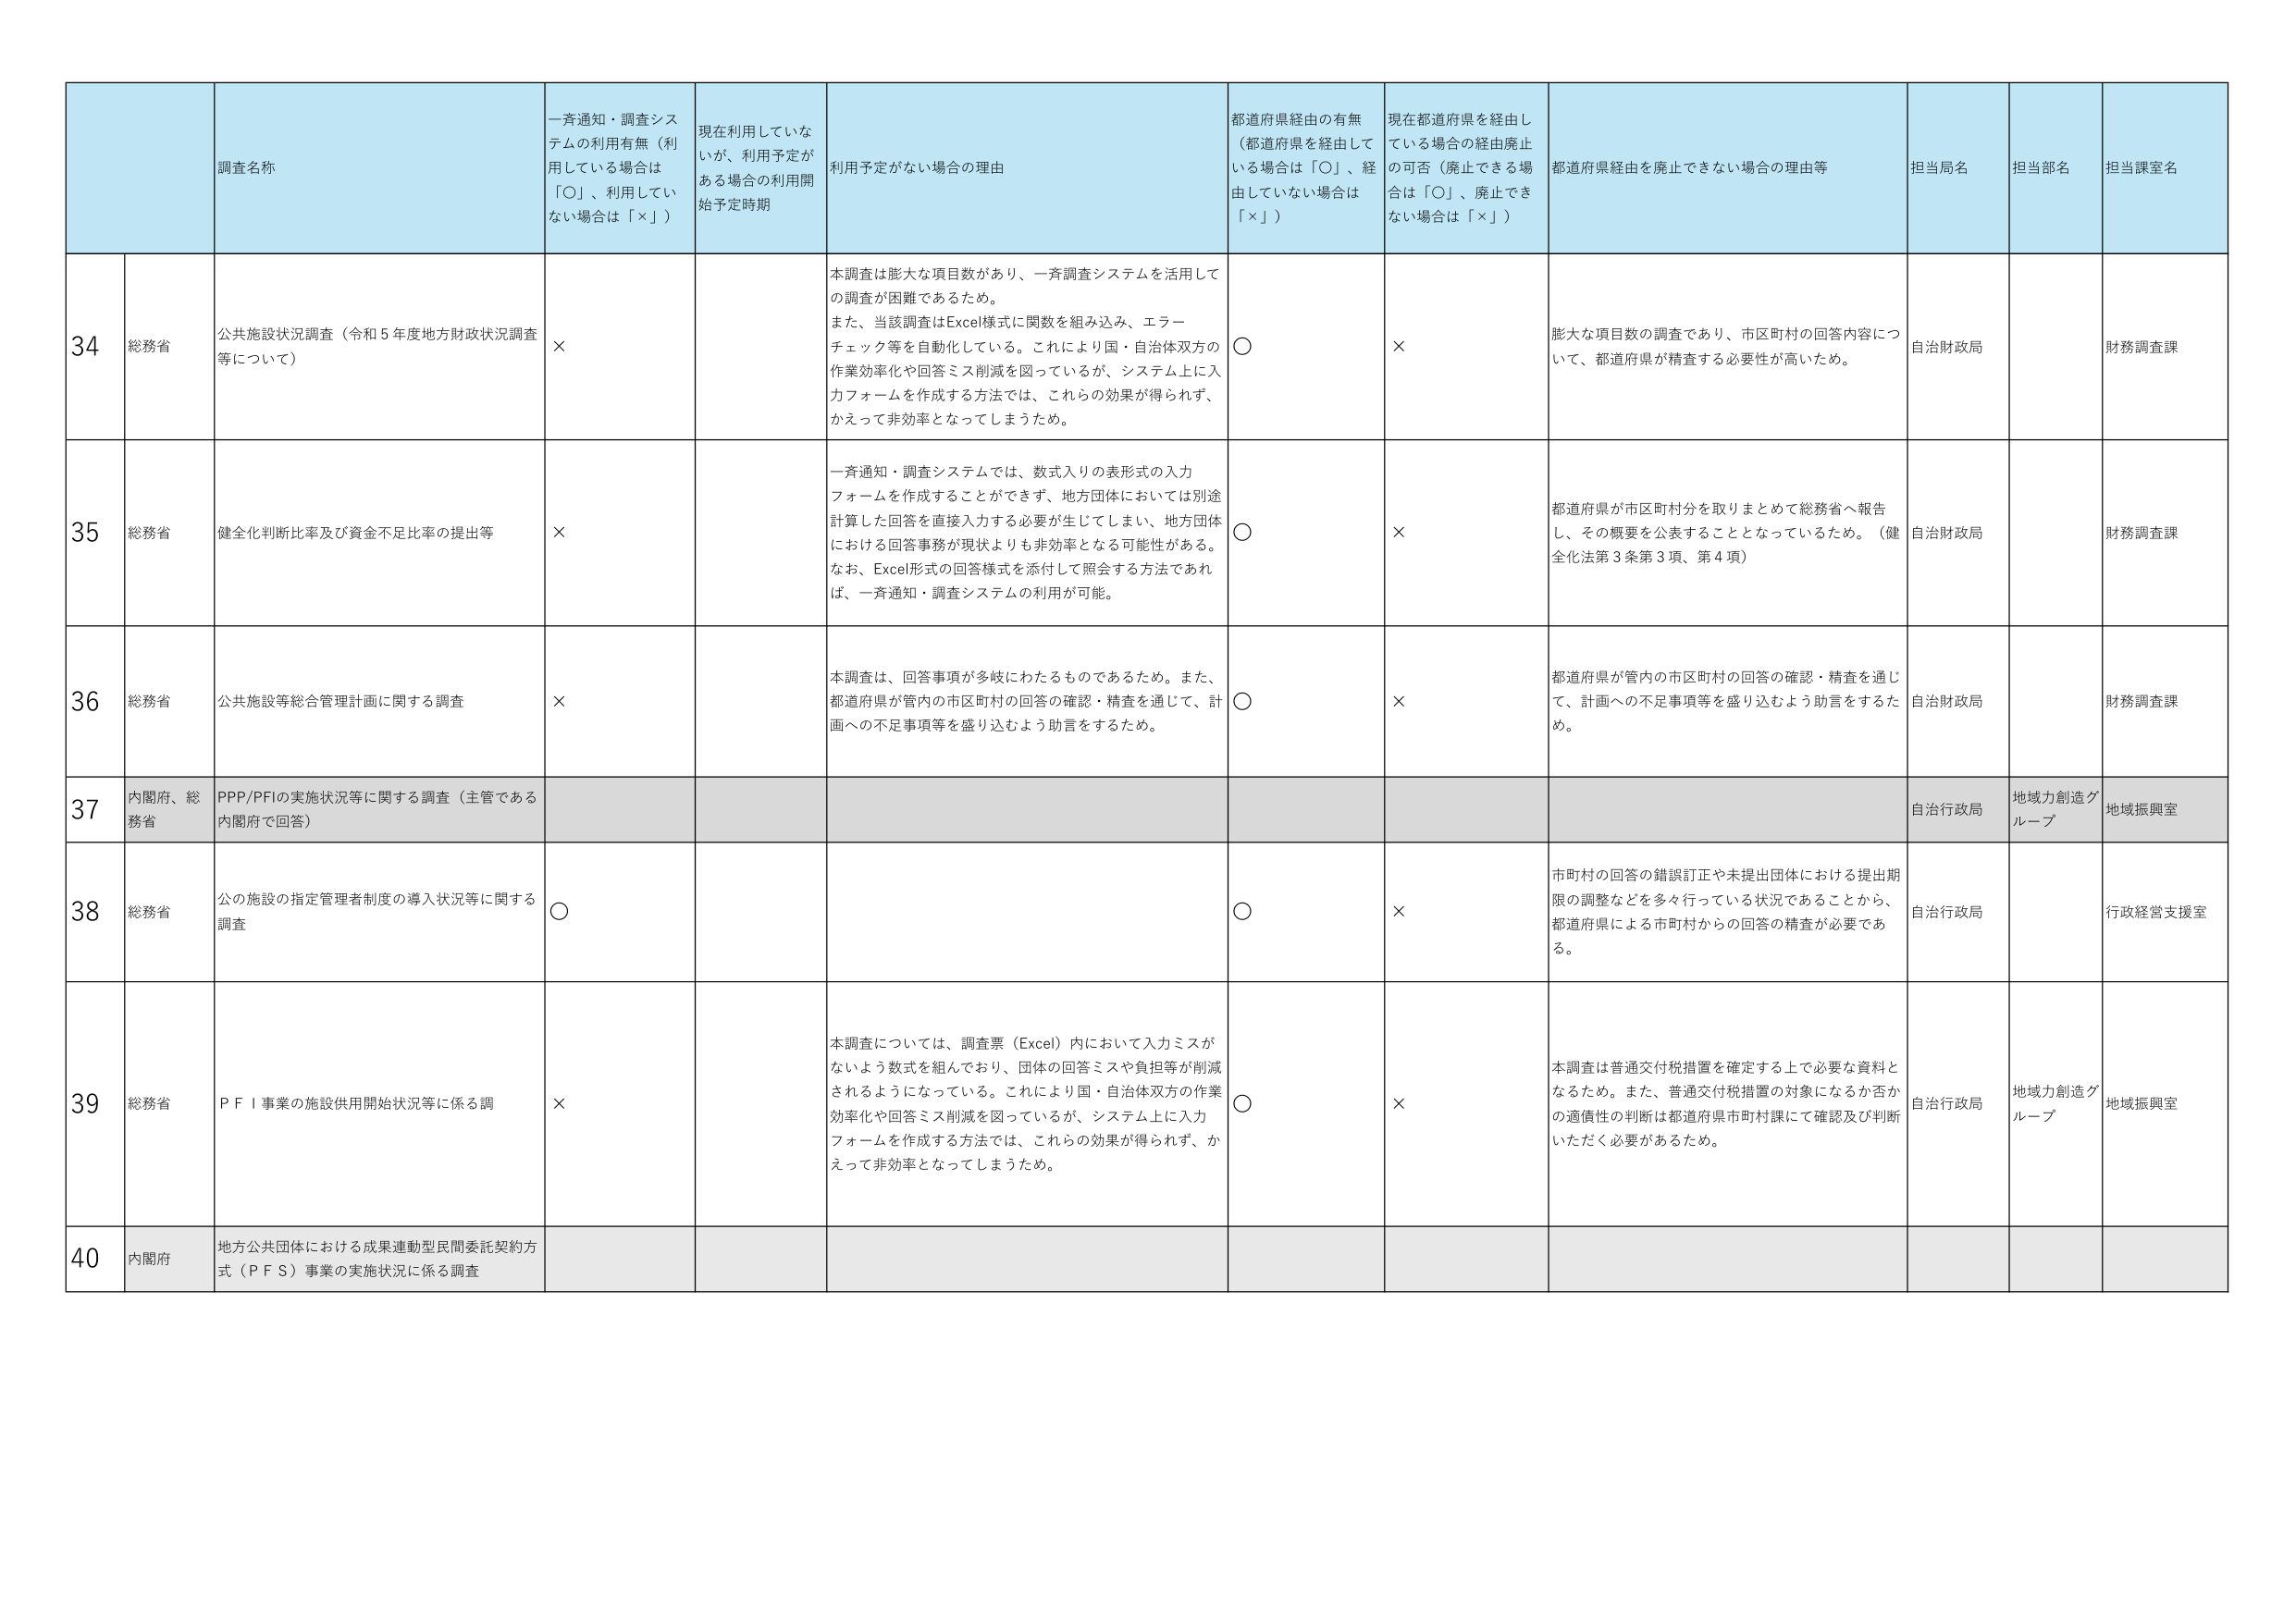
34 総務省 公共施設状況調査（令和５年度地方財政状況調査等について） × 本調査は膨大な項目数があり、一斉調査システムを活用しての調査が困難であるため。 また、当該調査はExcel様式に関数を組み込み、エラーチェック等を自動化している。これにより国・自治体双方の作業効率化や回答ミス削減を図っているが、システム上に入力フォームを作成する方法では、これらの効果が得られず、かえって非効率となってしまうため。 ○ × 膨大な項目数の調査であり、市区町村の回答内容について、都道府県が精査する必要性が高いため。 自治財政局 財務調査課

35 総務省 健全化判断比率及び資金不足比率の提出等 × 一斉通知・調査システムでは、数式入りの表形式の入力フォームを作成することができず、地方団体においては別途計算した回答を直接入力する必要が生じてしまい、地方団体における回答事務が現状よりも非効率となる可能性がある。 なお、Excel形式の回答様式を添付して照会する方法であれば、一斉通知・調査システムの利用が可能。 ○ × 都道府県が市区町村分を取りまとめて総務省へ報告し、その概要を公表することとなっているため。（健全化法第３条第３項、第４項） 自治財政局 財務調査課

36 総務省 公共施設等総合管理計画に関する調査 × 本調査は、回答事項が多岐にわたるものであるため。また、都道府県が管内の市区町村の回答の確認・精査を通じて、計画への不足事項等を盛り込むよう助言をするため。 ○ × 都道府県が管内の市区町村の回答の確認・精査を通じて、計画への不足事項等を盛り込むよう助言をするため。 自治財政局 財務調査課

37 内閣府、総務省 PPP/PFIの実施状況等に関する調査（主管である内閣府で回答） 自治行政局 地域力創造グループ 地域振興室

38 総務省 公の施設の指定管理者制度の導入状況等に関する調査 ○ ○ × 市町村の回答の錯誤訂正や未提出団体における提出期限の調整などを多く行っている状況であることから、都道府県による市町村からの回答の精査が必要である。 自治行政局 行政経営支援室

39 総務省 ＰＦＩ事業の施設供用開始状況等に係る調査 × 本調査については、調査票（Excel）内において入力ミスがないよう数式を組んでおり、団体の回答ミスや負担等が削減されるようになっている。これにより国・自治体双方の作業効率化や回答ミス削減を図っているが、システム上に入力フォームを作成する方法では、これらの効果が得られず、かえって非効率となってしまうため。 ○ × 本調査は普通交付税措置を確定する上で必要な資料となるため。また、普通交付税措置の対象になるか否かの適格性の判断は都道府県市町村課にて確認及び判断いただく必要があるため。 自治行政局 地域力創造グループ 地域振興室

40 内閣府 地方公共団体における成果連動型民間委託契約方式（ＰＦＳ）事業の実施状況に係る調査

調査名称
一斉通知・調査システムの利用有無（利用している場合は「○」、利用していない場合は「×」）
現在利用していないが、利用予定がある場合の利用開始予定時期
利用予定がない場合の理由
都道府県経由の有無（都道府県を経由している場合は「○」、経由していない場合は「×」）
現在都道府県を経由している場合の経由廃止の可否（廃止できる場合は「○」、廃止できない場合は「×」）
都道府県経由を廃止できない場合の理由等
担当局名
担当部名
担当課室名